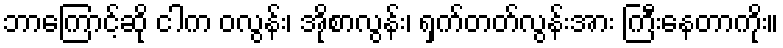
ဘာကြောင့်ဆို ငါက ဝလွန်း၊ အိုစာလွန်း၊ ရှက်တတ်လွန်းအား ကြီးနေတာကိုး။